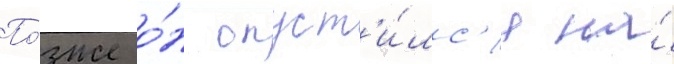
По́зже о́н опуст'и́лс'я на́